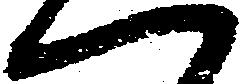
一